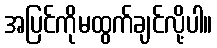
အပြင်ကိုမထွက်ချင်လို့ပါ။